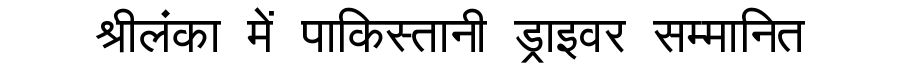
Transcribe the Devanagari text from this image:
श्रीलंका में पाकिस्तानी ड्राइवर सम्मानित